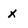
Character: x